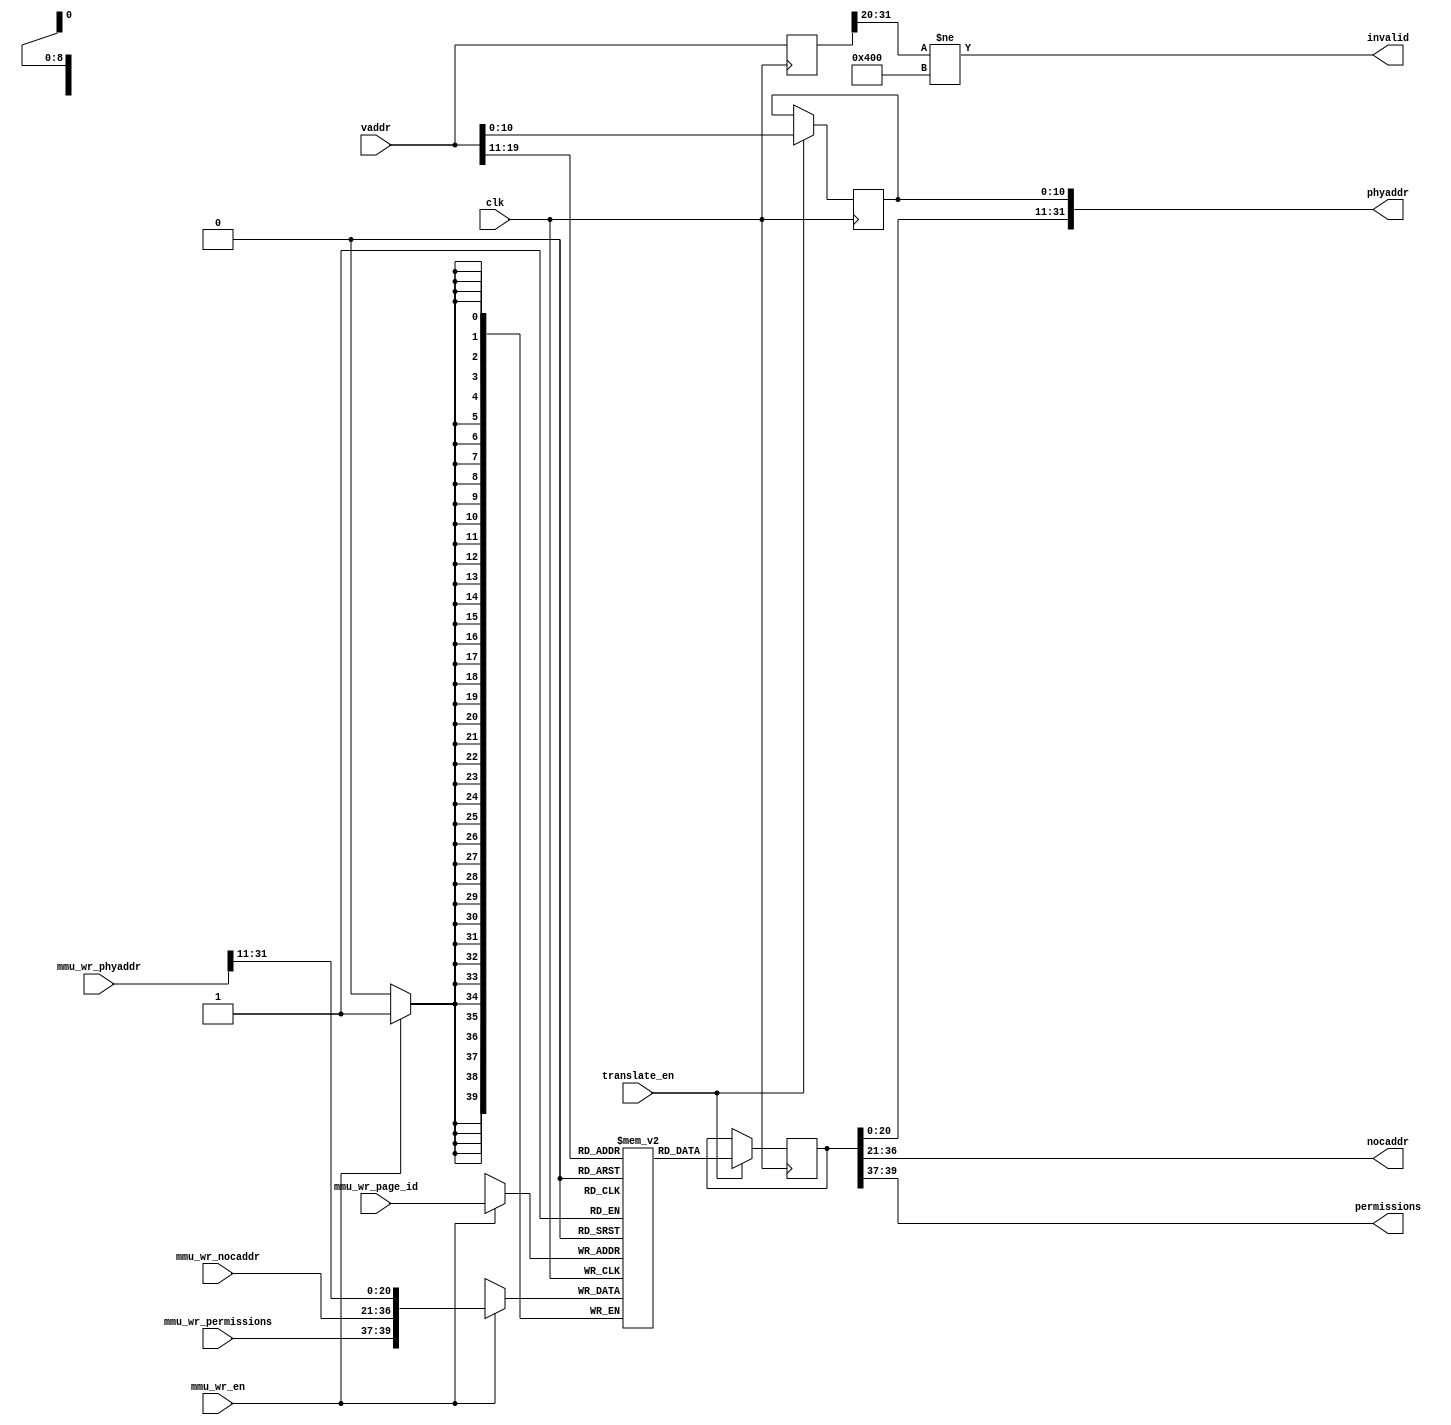
`timescale 1ns / 1ps
/***********************************************************************************************************************
*                                                                                                                      *
* ANTIKERNEL v0.1                                                                                                      *
*                                                                                                                      *
* Copyright (c) 2012-2016 Andrew D. Zonenberg                                                                          *
* All rights reserved.                                                                                                 *
*                                                                                                                      *
* Redistribution and use in source and binary forms, with or without modification, are permitted provided that the     *
* following conditions are met:                                                                                        *
*                                                                                                                      *
*    * Redistributions of source code must retain the above copyright notice, this list of conditions, and the         *
*      following disclaimer.                                                                                           *
*                                                                                                                      *
*    * Redistributions in binary form must reproduce the above copyright notice, this list of conditions and the       *
*      following disclaimer in the documentation and/or other materials provided with the distribution.                *
*                                                                                                                      *
*    * Neither the name of the author nor the names of any contributors may be used to endorse or promote products     *
*      derived from this software without specific prior written permission.                                           *
*                                                                                                                      *
* THIS SOFTWARE IS PROVIDED BY THE AUTHORS "AS IS" AND ANY EXPRESS OR IMPLIED WARRANTIES, INCLUDING, BUT NOT LIMITED   *
* TO, THE IMPLIED WARRANTIES OF MERCHANTABILITY AND FITNESS FOR A PARTICULAR PURPOSE ARE DISCLAIMED. IN NO EVENT SHALL *
* THE AUTHORS BE HELD LIABLE FOR ANY DIRECT, INDIRECT, INCIDENTAL, SPECIAL, EXEMPLARY, OR CONSEQUENTIAL DAMAGES        *
* (INCLUDING, BUT NOT LIMITED TO, PROCUREMENT OF SUBSTITUTE GOODS OR SERVICES; LOSS OF USE, DATA, OR PROFITS; OR       *
* BUSINESS INTERRUPTION) HOWEVER CAUSED AND ON ANY THEORY OF LIABILITY, WHETHER IN CONTRACT, STRICT LIABILITY, OR TORT *
* (INCLUDING NEGLIGENCE OR OTHERWISE) ARISING IN ANY WAY OUT OF THE USE OF THIS SOFTWARE, EVEN IF ADVISED OF THE       *
* POSSIBILITY OF SUCH DAMAGE.                                                                                          *
*                                                                                                                      *
***********************************************************************************************************************/

/**
	@file
	@author Andrew D. Zonenberg
	@brief The MMU for the CPU
	
	0x4000 0000 = base address
	
	512 2KB pages (1MB) of virtual address space
	
	Each page maps to a (physical address, noc address, permissions) tuple
	
	512 pages = 9 bits
	Each page is 2048 (2^11) bits - 19:11
	
	39:37 = r|w|x bits
	36:21 = NOC address of host
	20:0  = physical address within host (left aligned)
 */
module GraftonCPUMMU(
	clk,
	translate_en, vaddr, phyaddr, nocaddr, permissions, invalid,
	mmu_wr_en, mmu_wr_page_id, mmu_wr_phyaddr, mmu_wr_nocaddr, mmu_wr_permissions
	);
	
	////////////////////////////////////////////////////////////////////////////////////////////////////////////////////
	// I/O declarations
	
	//Clocks
	input wire clk;
	
	//Address translation
	input wire translate_en;
	input wire[31:0] vaddr;
	output wire[31:0] phyaddr;
	output wire[15:0] nocaddr;
	output wire[2:0] permissions;
	output wire invalid;
	
	//Control interface
	input wire mmu_wr_en;
	input wire[8:0] mmu_wr_page_id;
	input wire[31:0] mmu_wr_phyaddr;
	input wire[15:0] mmu_wr_nocaddr;
	input wire[2:0] mmu_wr_permissions;
	
	//Initialization
	parameter bootloader_host = 16'h0000;
	parameter bootloader_addr = 32'h00000000;
	
	////////////////////////////////////////////////////////////////////////////////////////////////////////////////////
	// The actual memory bank
	
	reg[39:0] mmu_data[511:0];
	
	integer i;
	initial begin
		for(i=1; i<512; i=i+1) begin
			mmu_data[i] <= 0;
		end
		
		//Boot loader is r/x only
		mmu_data[0] <= { 3'b101, bootloader_host, bootloader_addr[31:11]};
		
	end
	
	////////////////////////////////////////////////////////////////////////////////////////////////////////////////////
	// Read logic
	
	reg[10:0] page_offset = 0;
	
	reg[31:0] vaddr_buf = 0;
	reg[39:0] mmu_dout = 0;
	always @(posedge clk) begin
		vaddr_buf <= vaddr;
		if(translate_en) begin
			mmu_dout <= mmu_data[vaddr[19:11]];
			page_offset <= vaddr[10:0];
		end
	end
	
	assign invalid = (vaddr_buf[31:20] != 12'h400);
	assign permissions = mmu_dout[39:37];
	assign nocaddr = mmu_dout[36:21];
	assign phyaddr = {mmu_dout[20:0], page_offset};
	
	////////////////////////////////////////////////////////////////////////////////////////////////////////////////////
	// Write logic
	
	always @(posedge clk) begin
		if(mmu_wr_en) begin
			mmu_data[mmu_wr_page_id] <= {mmu_wr_permissions, mmu_wr_nocaddr, mmu_wr_phyaddr[31:11]};
			
			//synthesis translate_off
			$display("[GraftonCPUMMU] Mapping 0x%08x from host %08x to page %x (permissions %o)",
				mmu_wr_phyaddr, mmu_wr_nocaddr, mmu_wr_page_id, mmu_wr_permissions);
			//synthesis translate_on
		end
	end
	
endmodule